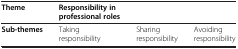
<table><thead><tr><td><b>Theme</b></td><td><b>Responsibility in professional roles</b></td><td><b> </b></td><td><b> </b></td></tr></thead><tbody><tr><td><b>Sub-themes</b></td><td>Taking responsibility</td><td>Sharing responsibility</td><td>Avoiding responsibility</td></tr></tbody></table>